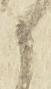
に